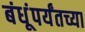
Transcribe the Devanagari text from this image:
बंधूंपर्यंतच्या